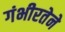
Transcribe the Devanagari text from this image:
गंभीरतेने